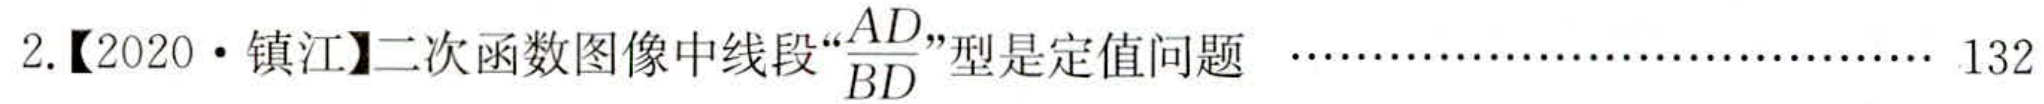
2.【2020·镇江】二次函数图像中线段“$\frac{AD}{BD}$”型是定值问题 …………………………… 132